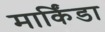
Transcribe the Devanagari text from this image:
मार्किंडा